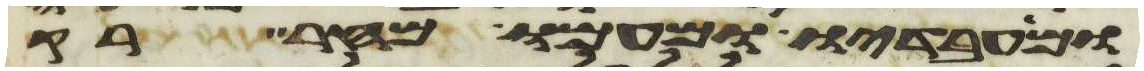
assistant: ומעבדיו ומעמו מחר רק